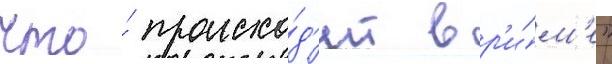
что́ происхо́д'ит в р'и́м'е"